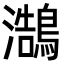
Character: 𪄣